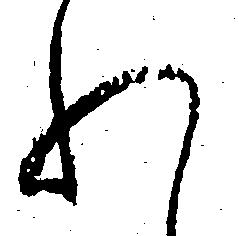
れ